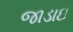
જાડાઇ